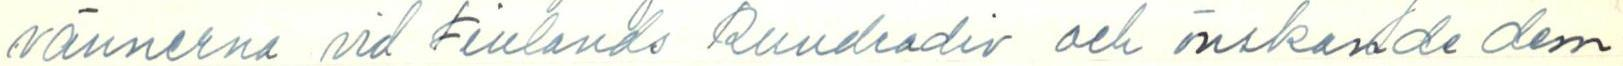
vännerna vid Finlands Rundradio och önskande dem